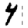
Digit: 4